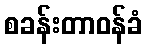
စခန်းတာဝန်ခံ